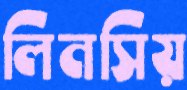
লিনসিয়